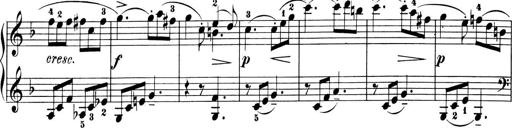
Title: 6 Piano Sonatinas
Composer: Cornelius Gurlitt